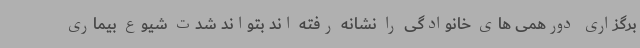
برگزاری دورهمی های خانوادگی را نشانه رفته اند بتواند شدت شیوع بیماری